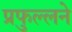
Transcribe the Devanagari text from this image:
प्रफुल्लने